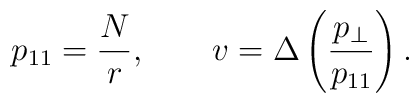
p_{11} = \frac{N}{r}, \qquad v= \Delta \left(\frac{p_\perp}{p_{11}}\right).